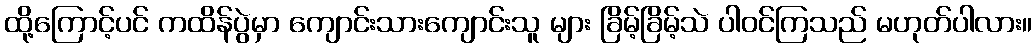
ထို့ကြောင့်ပင် ကထိန်ပွဲမှာ ကျောင်းသားကျောင်းသူ များ ခြိမ့်ခြိမ့်သဲ ပါဝင်ကြသည် မဟုတ်ပါလား။